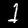
Label: 1